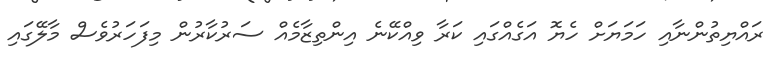
ރައްޔިތުންނާއި ހަމަޔަށް ހެޔޮ އަގެއްގައި ކަރާ ވިއްކޭނެ އިންތިޒާމެއް ސަރުކާރުން މިފަހަރުވެސް މާލޭގައި